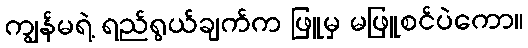
ကျွန်မရဲ့ ရည်ရွယ်ချက်က ဖြူမှ မဖြူစင်ပဲကော။